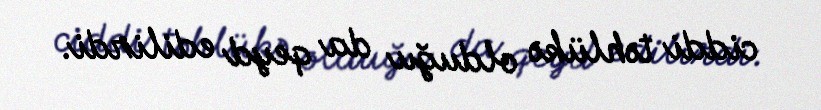
ciddi təhlükə olduğu da qeyd edilirdi.